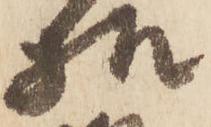
様